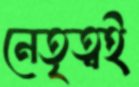
নেতৃত্বই